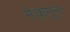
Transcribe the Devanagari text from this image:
मेक़मुन